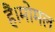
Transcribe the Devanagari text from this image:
हैं।मोमल